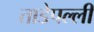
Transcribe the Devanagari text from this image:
ताडेपल्ली